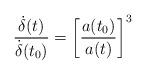
LaTeX: \begin{align*}\frac{\dot{\delta}(t)}{\dot{\delta}(t_0)}=\bigg[\frac{a(t_0)}{a(t)}\bigg]^3\end{align*}